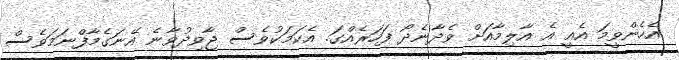
އެހެންވީމަ އެއީ އެ އާލިމާއަށް ވެދާނެދޯ ފަހަރެއްގަ. އެކަމަކުވެސް ޖާވިދުވާނެ އޭނަގެމާފްނަމަވެސް